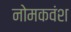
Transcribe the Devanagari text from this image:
नोमकवंश